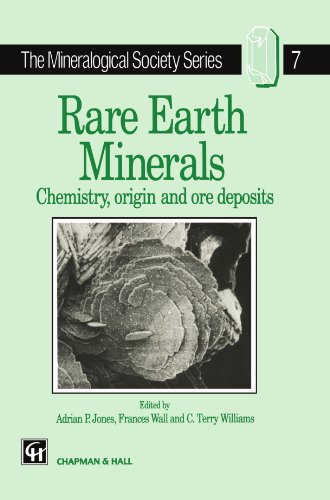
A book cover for Rare Earth Minerals: Chemistry, Origin and Ore Deposits (The Mineralogical Society Series); A.P. Jones; Science & Math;